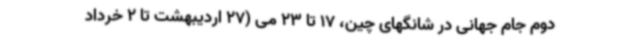
دوم جام جهانی در شانگهای چین، 17 تا 23 می (27 اردیبهشت تا 2 خرداد